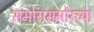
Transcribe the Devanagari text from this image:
समोरासमोरच्या